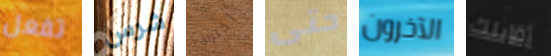
تفعل شرس اختراق حتى الآخرون أقابلك